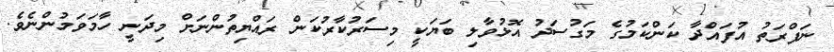
ނަފްރަތު އުފައްދާ ކަންކަމުގެ މަގުސަދު އޮޅުވާލި ބަޔަކީ މިސަރުކާރުކަން ރައްޔިތުންނަށް މިދަނީ ހާމަވަމުންނެވެ.